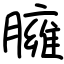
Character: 臃